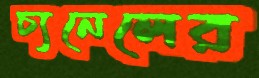
চ্যনেলের